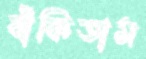
বাঁকিতাম